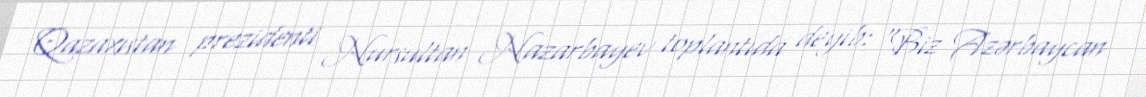
Qazaxıstan prezidenti Nursultan Nazarbayev toplantıda deyib: "Biz Azərbaycan